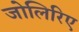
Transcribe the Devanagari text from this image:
जोलिरिए